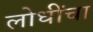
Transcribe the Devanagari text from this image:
लोधींचा